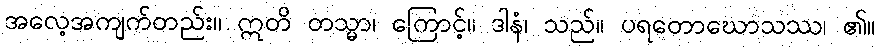
အလေ့အကျက်တည်း။ ဣတိ တသ္မာ၊ ကြောင့်။ ဒါနံ၊ သည်။ ပရတောဃောသဿ၊ ၏။